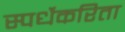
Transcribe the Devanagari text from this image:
स्पर्धेकरिता